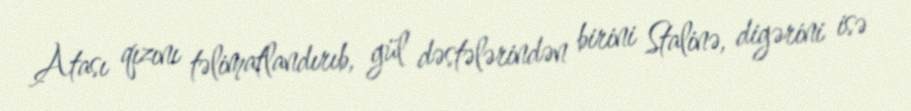
Atası qızını təlimatlandırıb, gül dəstələrindən birini Stalinə, digərini isə